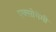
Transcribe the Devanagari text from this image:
एक्सोगेमी